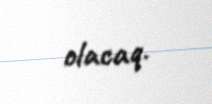
olacaq.